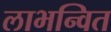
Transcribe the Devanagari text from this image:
लाभन्वित